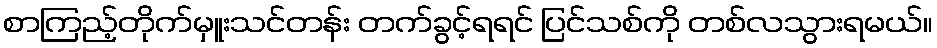
စာကြည့်တိုက်မှူးသင်တန်း တက်ခွင့်ရရင် ပြင်သစ်ကို တစ်လသွားရမယ်။